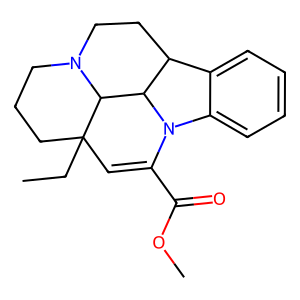
SMILES: CCC12C=C(C(=O)OC)N3c4ccccc4C4CCN(CCC1)C2C43
Inhibits HIV replication: No